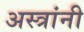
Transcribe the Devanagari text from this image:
अस्त्रांनी